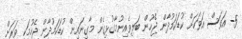
5- އަވަސް އަވަހަށް ކުޑަކަމުދާން ޖެހުން ބަލިވެއިނުމާގުޅިގެން މާގިނައިން ކުޑަކަމުދާން ޖެހުމަކީ ވަރަށް